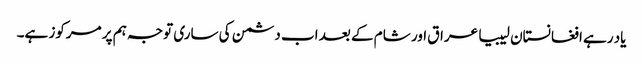
یاد رہے افغانستان لیبیا عراق اور شام کے بعد اب دشمن کی ساری توجہ ہم پر مرکوز ہے۔